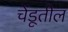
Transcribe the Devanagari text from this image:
चेंडूतील